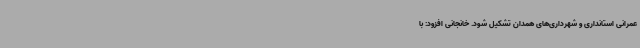
عمرانی استانداری و شهرداری‌های همدان تشکیل شود. خانجانی افزود: با